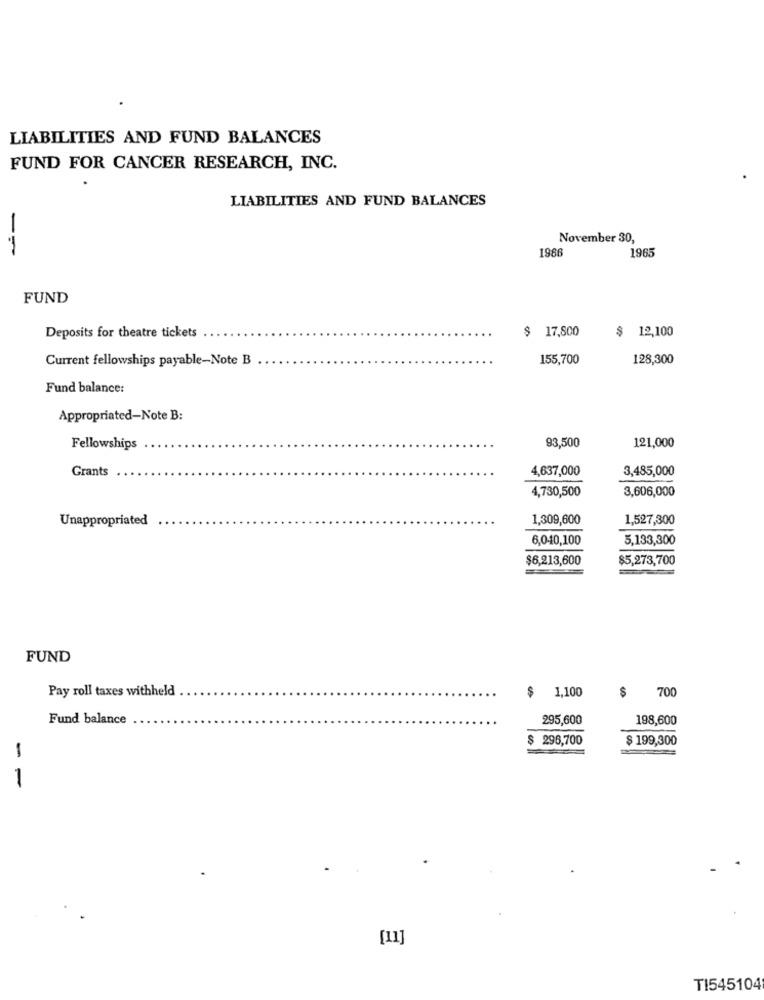
LIABILITIES AND FUND BALANCES
FUND FOR CANCER RESEARCH, INC.
LIABILITIES AND FUND BALANCES
November 30,
--
1986
1965
FUND
$ 17,800
Deposits for theatre tickets
$ 12,100
Current fellowships payable-Note B
155,700
128,300
Fund balance:
Appropriated-Note B:
93,500
Fellowships
121,000
Grants
4,637,000
3,485,000
4,730,500
3,606,000
Unappropriated
1,309,600
1,527,300
6,040,100
5,133,300
$6,213,600
$5,273,700
FUND
Pay roll taxes withheld
$
1,100
$ 700
Fund balance
295,600
198,600
$296,700
$ 199,300
-
1
[11]
TI545104